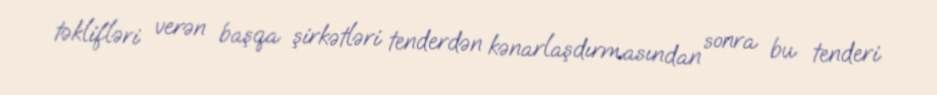
təklifləri verən başqa şirkətləri tenderdən kənarlaşdırmasından sonra bu tenderi